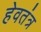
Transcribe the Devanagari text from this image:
हेवतंत्र